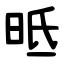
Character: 㫝